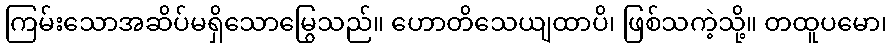
ကြမ်းသောအဆိပ်မရှိသောမြွေသည်။ ဟောတိသေယျထာပိ၊ ဖြစ်သကဲ့သို့။ တထူပမော၊